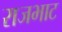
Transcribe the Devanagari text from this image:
राजभाट